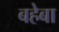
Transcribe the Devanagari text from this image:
बहेबा